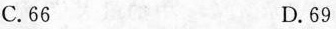
C.66 D.69